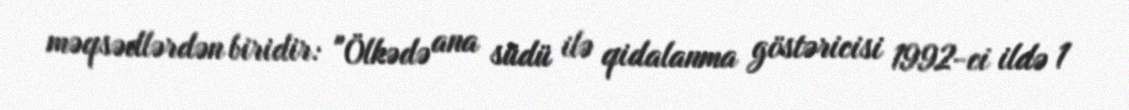
məqsədlərdən biridir: "Ölkədə ana südü ilə qidalanma göstəricisi 1992-ci ildə 1